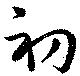
初